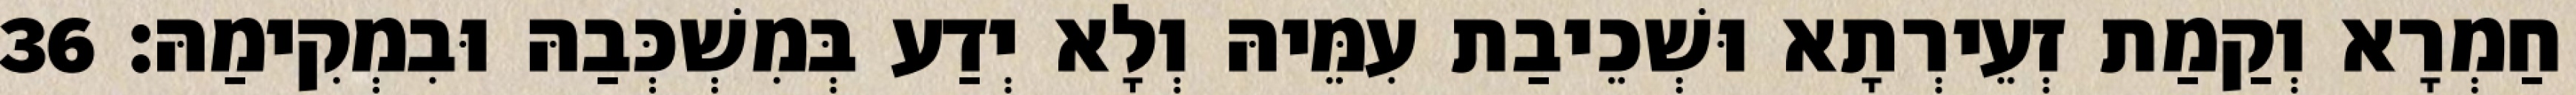
חַמְרָא וְקַמַת זְעֵירְתָא וּשְׁכֵיבַת עִמֵּיהּ וְלָא יְדַע בְּמִשְׁכְּבַהּ וּבִמְקִימַהּ׃ 36